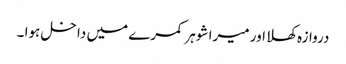
دروازہ کھلا اور میرا شوہر کمرے میں داخل ہوا ۔